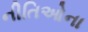
નીતિઓના